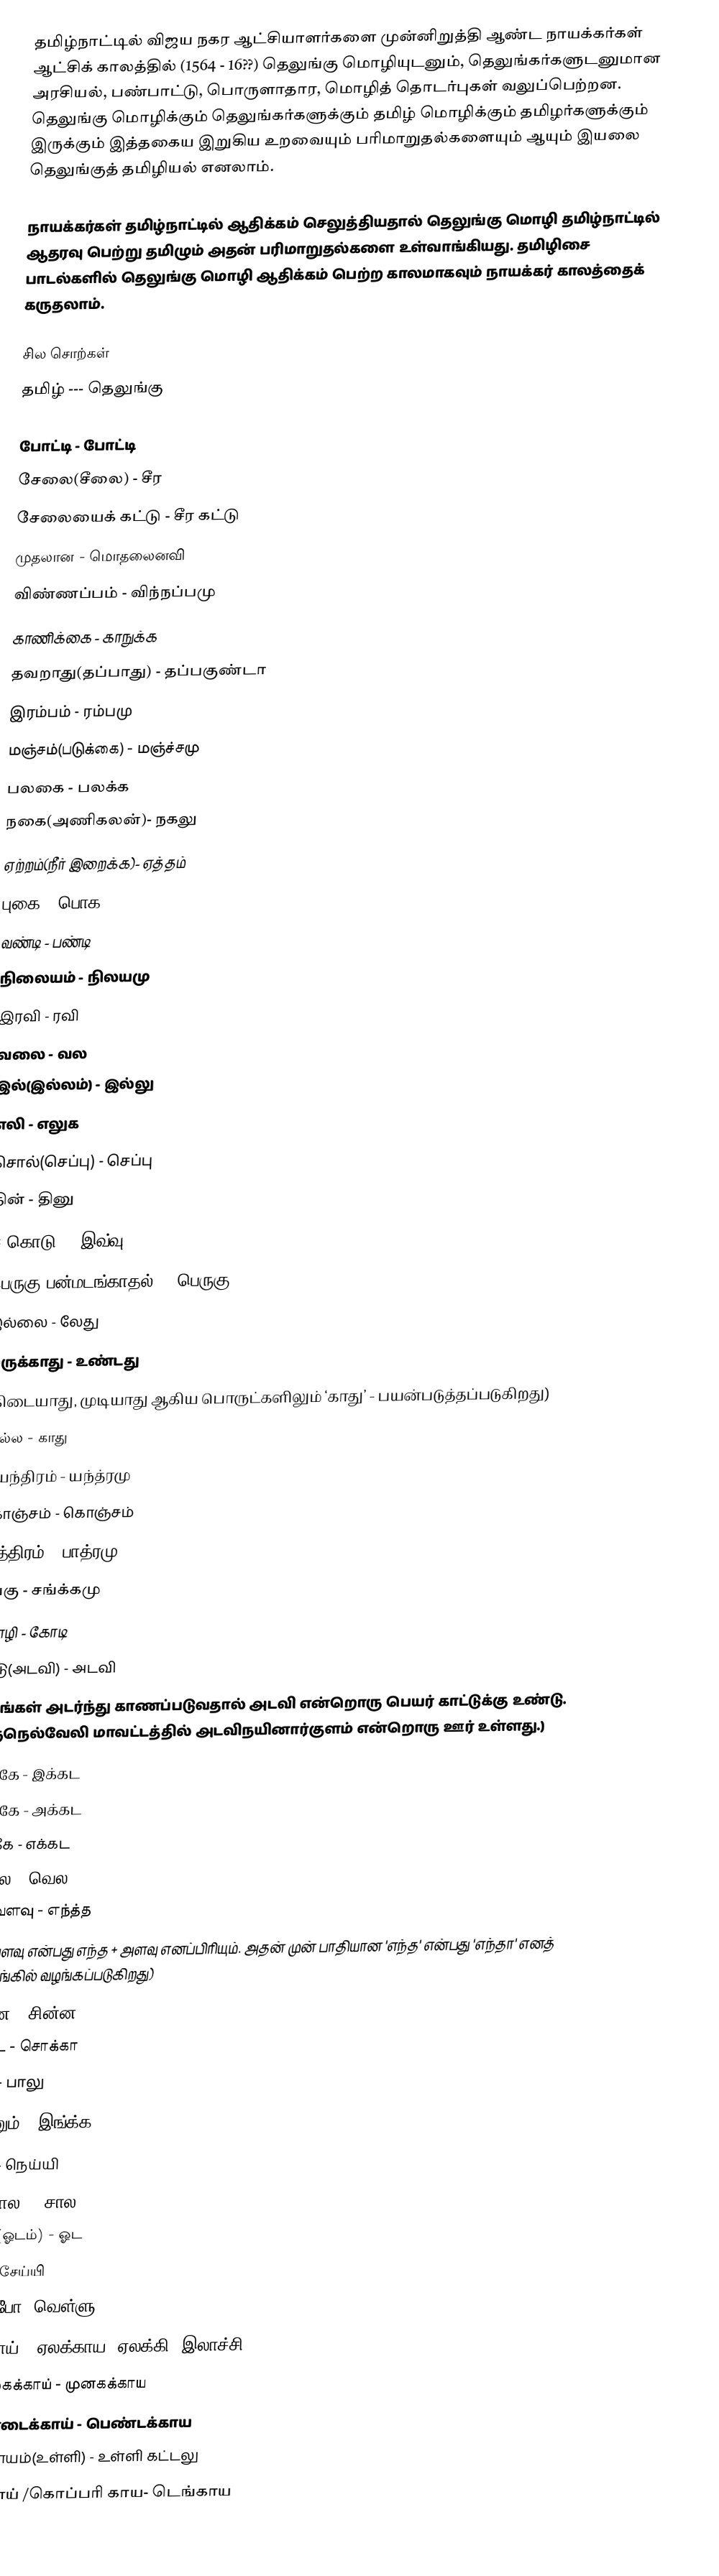
தமிழ்நாட்டில் விஜய நகர ஆட்சியாளர்களை முன்னிறுத்தி ஆண்ட நாயக்கர்கள் ஆட்சிக் காலத்தில் (1564 - 16??) தெலுங்கு மொழியுடனும், தெலுங்கர்களுடனுமான அரசியல், பண்பாட்டு, பொருளாதார, மொழித் தொடர்புகள் வலுப்பெற்றன. தெலுங்கு மொழிக்கும் தெலுங்கர்களுக்கும் தமிழ் மொழிக்கும் தமிழர்களுக்கும் இருக்கும் இத்தகைய இறுகிய உறவையும் பரிமாறுதல்களையும் ஆயும் இயலை தெலுங்குத் தமிழியல் எனலாம்.

நாயக்கர்கள் தமிழ்நாட்டில் ஆதிக்கம் செலுத்தியதால் தெலுங்கு மொழி தமிழ்நாட்டில் ஆதரவு பெற்று தமிழும் அதன் பரிமாறுதல்களை உள்வாங்கியது.  தமிழிசை பாடல்களில் தெலுங்கு மொழி ஆதிக்கம் பெற்ற காலமாகவும் நாயக்கர் காலத்தைக் கருதலாம்.

சில சொற்கள்
தமிழ்	       ---	தெலுங்கு

போட்டி  	-	போட்டி
சேலை(சீலை) 	-	சீர
சேலையைக் கட்டு - 	சீர கட்டு
முதலான  	-	மொதலைனவி
விண்ணப்பம் 	-	விந்நப்பமு
காணிக்கை 	-	காநுக்க
தவறாது(தப்பாது) -	தப்பகுண்டா
இரம்பம்  	-	ரம்பமு
மஞ்சம்(படுக்கை) - 	மஞ்ச்சமு
பலகை  	-	பலக்க
நகை(அணிகலன்)- 	நகலு
ஏற்றம்(நீர் இறைக்க)-	ஏத்தம்
புகை  		-	பொக
வண்டி 	-	பண்டி
நிலையம் 	-	நிலயமு
இரவி 		-	ரவி
வலை 	-	வல
இல்(இல்லம்) 	-	இல்லு
எலி   		-	எலுக
சொல்(செப்பு) 	-	செப்பு
தின்  		-	தினு
ஈ(கொடு)	-	இவ்வு
பெருகு(பன்மடங்காதல்) -  பெருகு
இல்லை  	-	 லேது
இருக்காது   	-	 உண்டது
(கிடையாது, முடியாது ஆகிய பொருட்களிலும் ‘காது’ - பயன்படுத்தப்படுகிறது)
அல்ல - காது
இயந்திரம் 	-	 யந்த்ரமு
கொஞ்சம்  	-	கொஞ்சம்
பாத்திரம்  	-	பாத்ரமு
சங்கு 		-	சங்க்கமு
கோழி 		-	கோடி
காடு(அடவி)  	-	 அடவி
(மரங்கள் அடர்ந்து காணப்படுவதால் அடவி என்றொரு பெயர் காட்டுக்கு உண்டு.  திருநெல்வேலி மாவட்டத்தில் அடவிநயினார்குளம் என்றொரு ஊர் உள்ளது.)
இங்கே 	-	இக்கட
அங்கே 	-	அக்கட
எங்கே		-	 எக்கட
விலை 	-	வெல
எவ்வளவு 	-	எந்த்த
(எவ்வளவு என்பது எந்த + அளவு எனப்பிரியும்.  அதன் முன் பாதியான 'எந்த' என்பது 'எந்தா' எனத் தெலுங்கில் வழங்கப்படுகிறது)
சின்ன 		-	சின்ன
சட்டை   	-	 சொக்கா
பால் 		-	பாலு
இன்னும் 	-	இங்க்க
நெய்  		-	நெய்யி
மிக(சால) 	-	சால
கப்பல்(ஓடம்) 	-	ஓட
செய்		-	 சேய்யி
போ 		-	போ, வெள்ளு
ஏலக்காய் 	-	ஏலக்காய, ஏலக்கி, இலாச்சி
முருங்கைக்காய் -	முனகக்காய
வெண்டைக்காய் - 	 பெண்டக்காய
வெங்காயம்(உள்ளி) -  	உள்ளி கட்டலு
தேங்காய் /கொப்பரி காய- டெங்காய